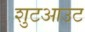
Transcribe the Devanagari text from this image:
शुटआउट